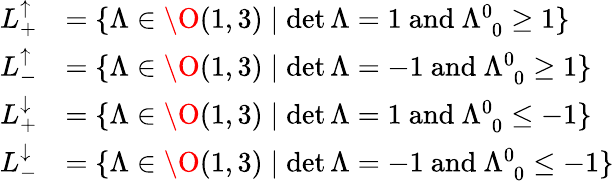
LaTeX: \begin{array}{rl}{L_{+}^{\uparrow}}&{=\{ \Lambda\in\O(1,3)\mid\operatorname*{det}\Lambda=1\mathrm{~and~}\Lambda_{\phantom{0}0}^{0}\geq 1\} }\\ {L_{-}^{\uparrow}}&{=\{ \Lambda\in\O(1,3)\mid\operatorname*{det}\Lambda=-1\mathrm{~and~}\Lambda_{\phantom{0}0}^{0}\geq 1\} }\\ {L_{+}^{\downarrow}}&{=\{ \Lambda\in\O(1,3)\mid\operatorname*{det}\Lambda=1\mathrm{~and~}\Lambda_{\phantom{0}0}^{0}\leq-1\} }\\ {L_{-}^{\downarrow}}&{=\{ \Lambda\in\O(1,3)\mid\operatorname*{det}\Lambda=-1\mathrm{~and~}\Lambda_{\phantom{0}0}^{0}\leq-1\} }\end{array}